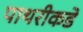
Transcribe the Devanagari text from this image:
पाथरीकडे